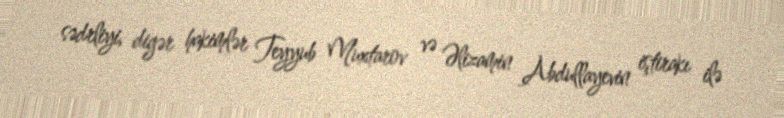
sədrliyi, digər hakimlər Teyyub Muxtarov və Əlizamin Abdullayevin iştirakı ilə